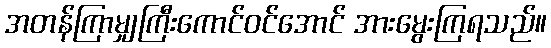
အတန်ကြာမျှကြီးကောင်ဝင်အောင် အားမွေးကြရသည်။